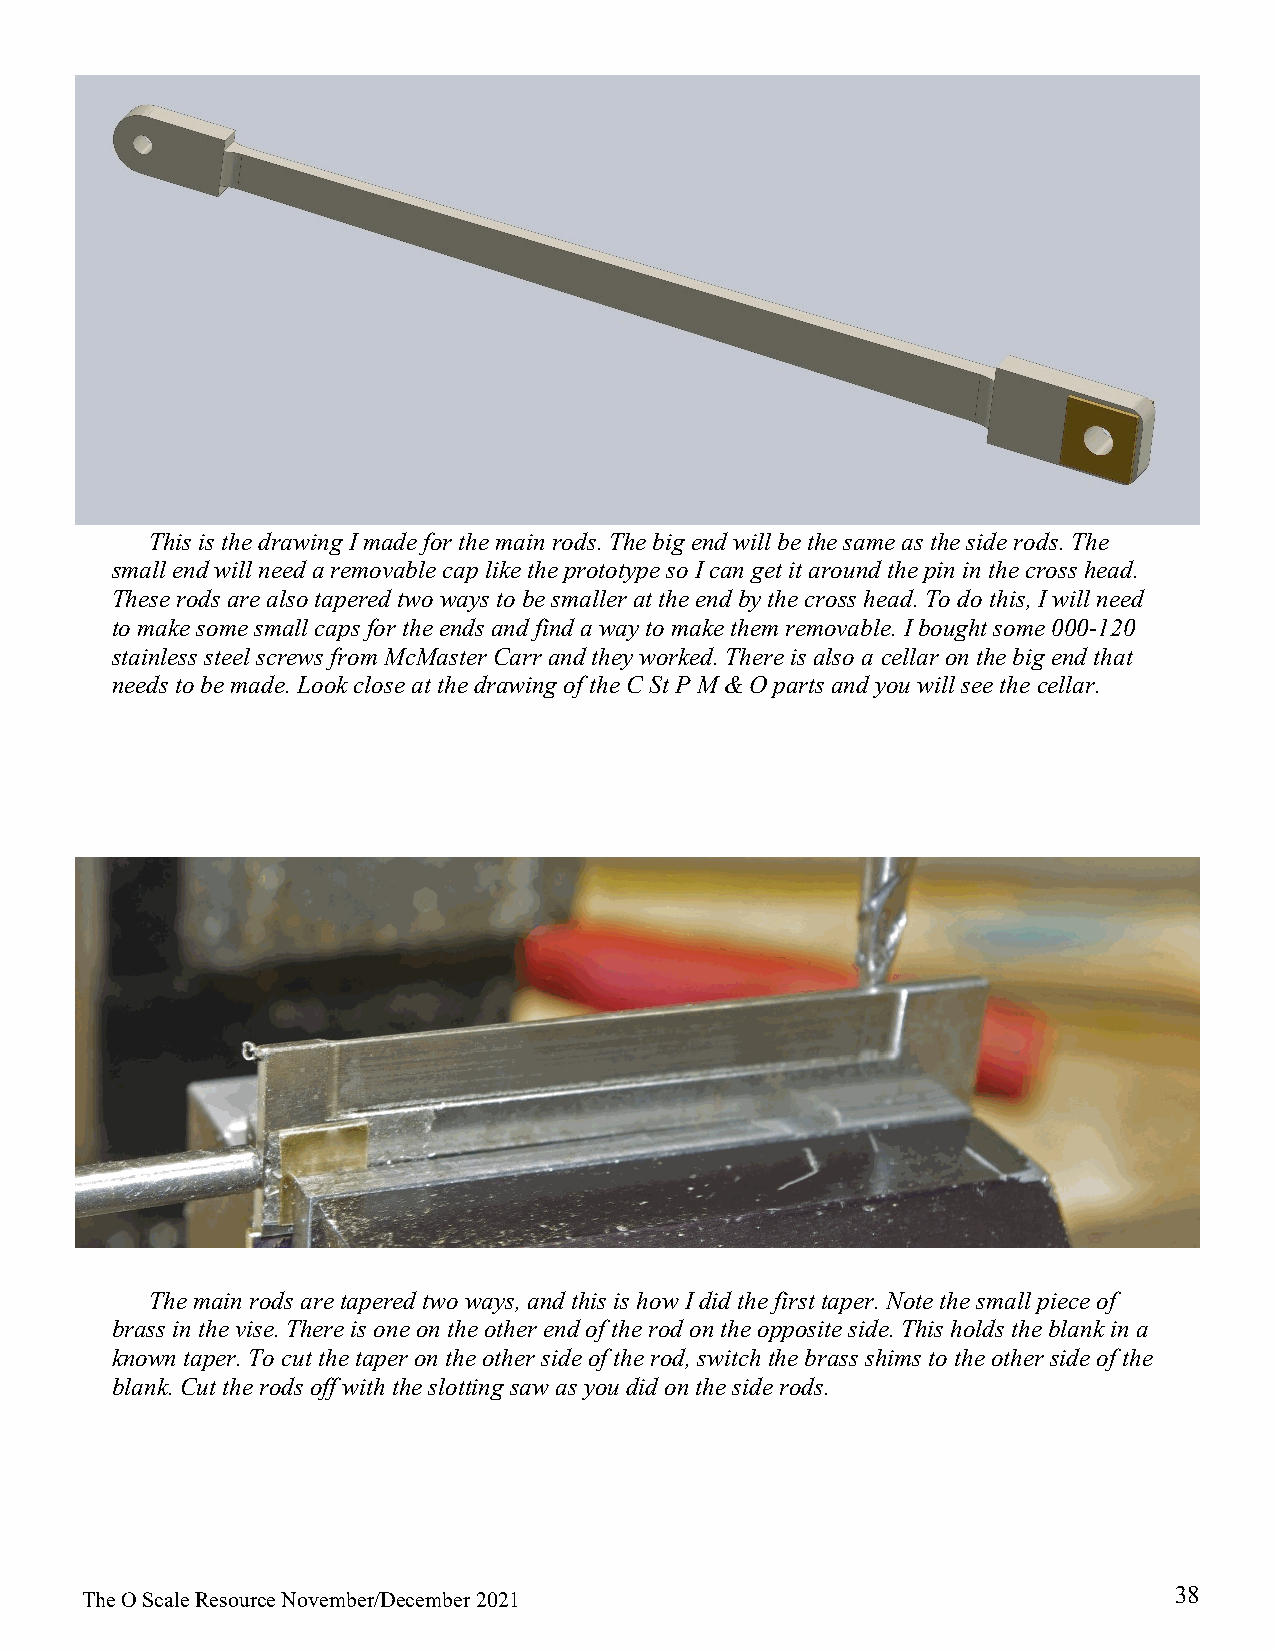
This is the drawing I made for the main rods. The big end will be the same as the side rods. The
 small end will need a removable cap like the prototype so I can get it around the pin in the cross head.
 These rods are also tapered two ways to be smaller at the end by the cross head. To do this, I will need
 to make some small caps for the ends and find a way to make them removable. I bought some 000-120
 stainless steel screws from McMaster Carr and they worked. There is also a cellar on the big end that
 needs to be made. Look close at the drawing of the C St P M & O parts and you will see the cellar.
 The main rods are tapered two ways, and this is how I did the first taper. Note the small piece of
 brass in the vise. There is one on the other end of the rod on the opposite side. This holds the blank in a
 known taper. To cut the taper on the other side of the rod, switch the brass shims to the other side of the
 blank. Cut the rods off with the slotting saw as you did on the side rods.
 38
 The O Scale Resource November/December 2021